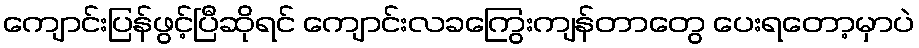
ကျောင်းပြန်ဖွင့်ပြီဆိုရင် ကျောင်းလခကြွေးကျန်တာတွေ ပေးရတော့မှာပဲ